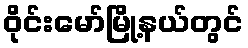
ဝိုင်းမော်မြို့နယ်တွင်